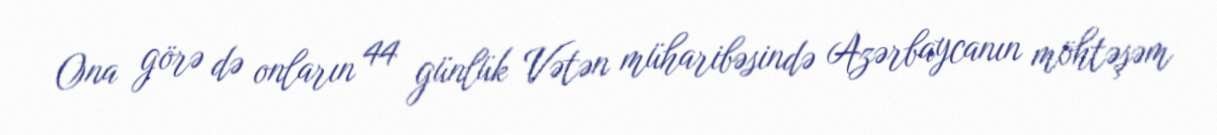
Ona görə də onların 44 günlük Vətən müharibəsində Azərbaycanın möhtəşəm